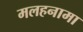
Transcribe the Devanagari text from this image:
मलहनामा